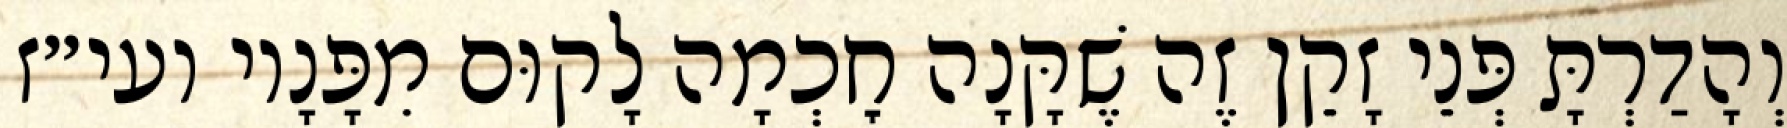
וְהָדַרְתָּ פְּנֵי זָקֵן זֶה שֶׁקָּנָה חׇכְמָה לָקוּם מִפָּנָיו ועי״ז